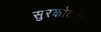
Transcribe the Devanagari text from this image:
सुरकोटड़ा